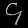
Digit: ၄